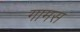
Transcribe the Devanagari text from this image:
गामस